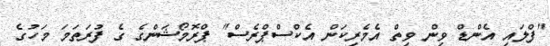
"ފްލައި އެންޑް ވިން ވިތް އެމެރިކަން އެކްސްޕްރެސް" ޕްރޮމޯޝަންގެ ގެ ފުރަތަމަ މަހުގެ